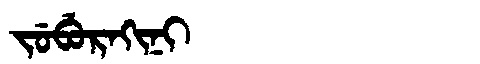
Manchu: ᠵᡠᠪᡠᡵᠠᡴᡳᠨᡳ
Romanization: JUBURAKINI